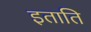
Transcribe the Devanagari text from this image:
इताति